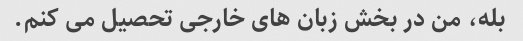
بله، من در بخش زبان های خارجی تحصیل می کنم.